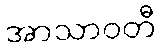
အာသာဝတီ